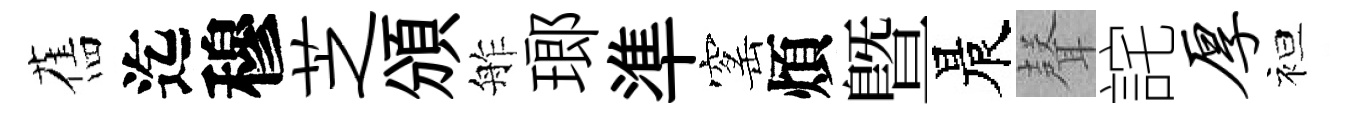
舊迄穆芝頒舴瑯準窰煩暨晨𮋻詫厚袒